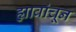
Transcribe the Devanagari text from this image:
ह्यावांचून